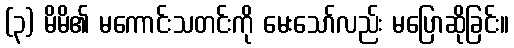
(၃) မိမိ၏ မကောင်းသတင်းကို မေးသော်လည်း မပြောဆိုခြင်း။